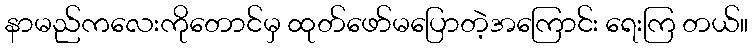
နာမည်ကလေးကိုတောင်မှ ထုတ်ဖော်မပြောတဲ့အကြောင်း ရေးကြ တယ်။